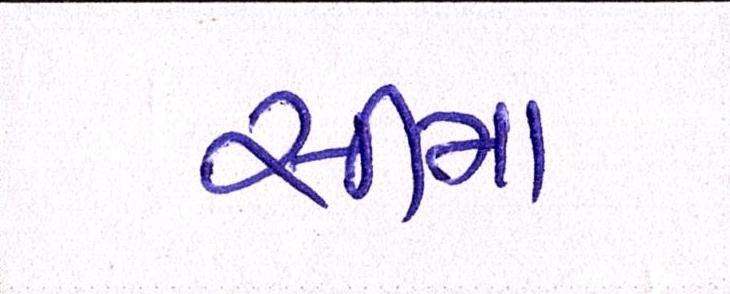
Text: સીમા